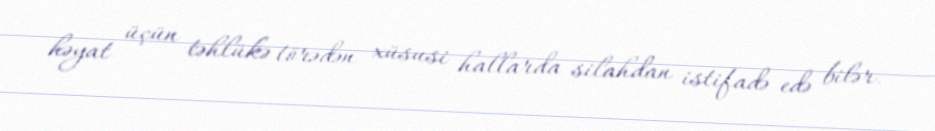
həyat üçün təhlükə törədən xüsusi hallarda silahdan istifadə edə bilər.